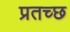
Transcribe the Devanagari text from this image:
प्रतच्छ